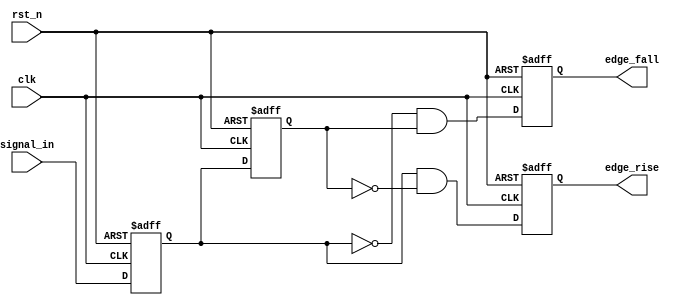
module glitch_free_edge_detector (
    input wire clk,            // Clock signal
    input wire rst_n,         // Asynchronous active-low reset
    input wire signal_in,     // Input signal to detect edges
    output reg edge_rise,     // Output signal for rising edge detection
    output reg edge_fall      // Output signal for falling edge detection
);

    // Memory blocks to hold current and previous states
    reg current_state;        // Current state of the input signal
    reg previous_state;       // Previous state of the input signal

    // Always block for edge detection and state updates
    always @(posedge clk or negedge rst_n) begin
        if (!rst_n) begin
            // Reset the states and outputs
            current_state <= 1'b0;
            previous_state <= 1'b0;
            edge_rise <= 1'b0;
            edge_fall <= 1'b0;
        end else begin
            // Update the previous state to current state
            previous_state <= current_state;

            // Capture the current value of the input signal
            current_state <= signal_in;

            // Edge detection logic
            edge_rise <= (current_state && !previous_state); // Rising edge detected
            edge_fall <= (!current_state && previous_state); // Falling edge detected
        end
    end

endmodule